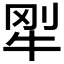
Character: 𱭭